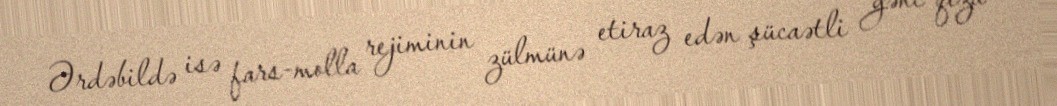
Ərdəbildə isə fars-molla rejiminin zülmünə etiraz edən şücaətli gənc qıza